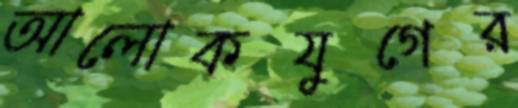
আলোকযুগের